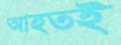
আহতই